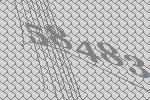
58483